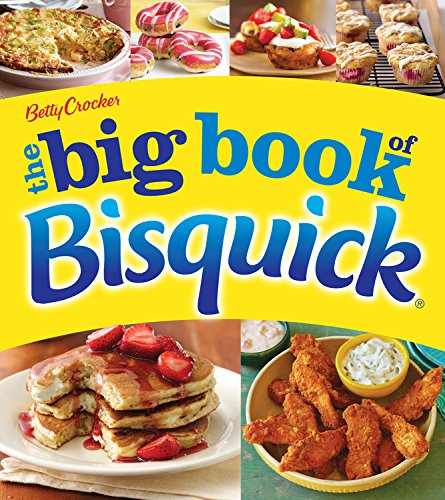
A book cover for Betty Crocker The Big Book of Bisquick (Betty Crocker Big Book); Betty Crocker; Cookbooks, Food & Wine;